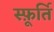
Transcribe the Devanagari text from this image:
स्फ़ूर्ति